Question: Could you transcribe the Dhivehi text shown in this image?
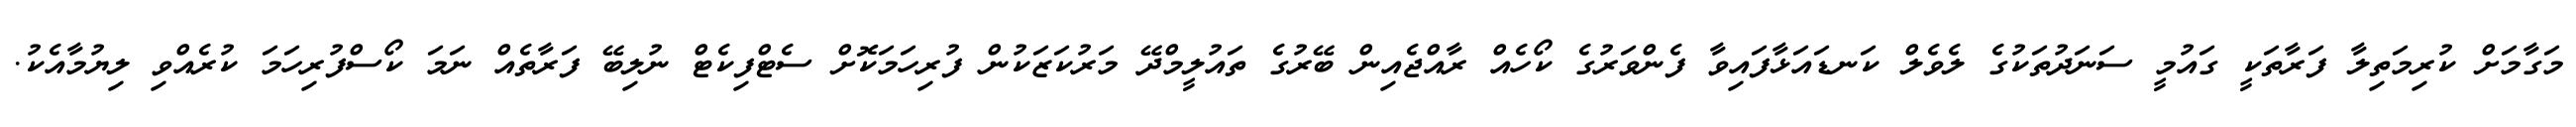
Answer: މަގާމަށް ކުރިމަތިލާ ފަރާތަކީ ގައުމީ ސަނަދުތަކުގެ ލެވެލް ކަނޑައަޅާފައިވާ ފެންވަރުގެ ކޯހެއް ރާއްޖެއިން ބޭރުގެ ތައުލީމްދޭ މަރުކަޒަކުން ފުރިހަމަކޮށް ސެޓްފިކެޓް ނުލިބޭ ފަރާތެއް ނަމަ ކޯސްފުރިހަމަ ކުރެއްވި ލިޔުމާއެކު.